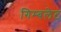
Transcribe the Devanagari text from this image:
गिम्बलेट